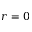
r = 0